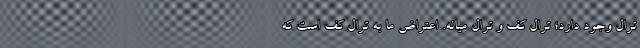
ترال وجود دارد؛ ترال کف و ترال میانه. اعتراض ما به ترال کف است که